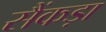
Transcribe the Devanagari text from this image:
सैंकड़ा